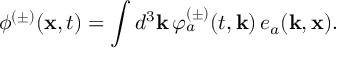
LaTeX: \phi ^ { ( \pm ) } ( { \bf x } , t ) = \int d ^ { 3 } { \bf k } \, \varphi _ { a } ^ { ( \pm ) } ( t , { \bf k } ) \, e _ { a } ( { \bf k } , { \bf x } ) .